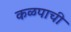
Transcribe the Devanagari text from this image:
कळपाची